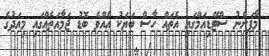
މާފަންނު ސްޓޭޑިއަމްގައި އެތައް ހާސް ބަޔަކު އެއްވެ ބޮޑު ޖަމާއަތެއްގައި މިއަދުގެ